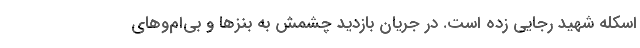
اسکله شهید رجایی زده است. در جریان بازدید چشمش به بنزها و بی‌ام‌و‌های